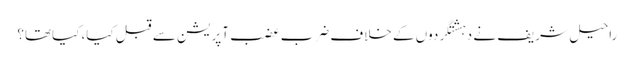
راحیل شریف نے دہشتگردوں کے خلاف ضرب عضب آپریشن سے قبل کیا، کیاتھا؟